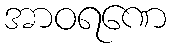
အာဝရဏေ